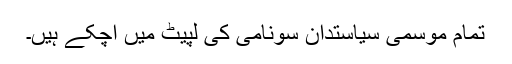
تمام موسمی سیاستدان سونامی کی لپیٹ میں آچکے ہیں۔